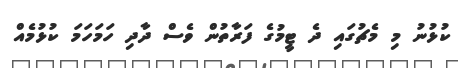
ކުޅުނު މި މެޗުގައި ދެ ޓީމުގެ ފަރާތުން ވެސް ދާދި ހަމަހަމަ ކުޅުމެއް